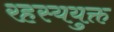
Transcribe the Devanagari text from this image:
रहस्ययुक्त